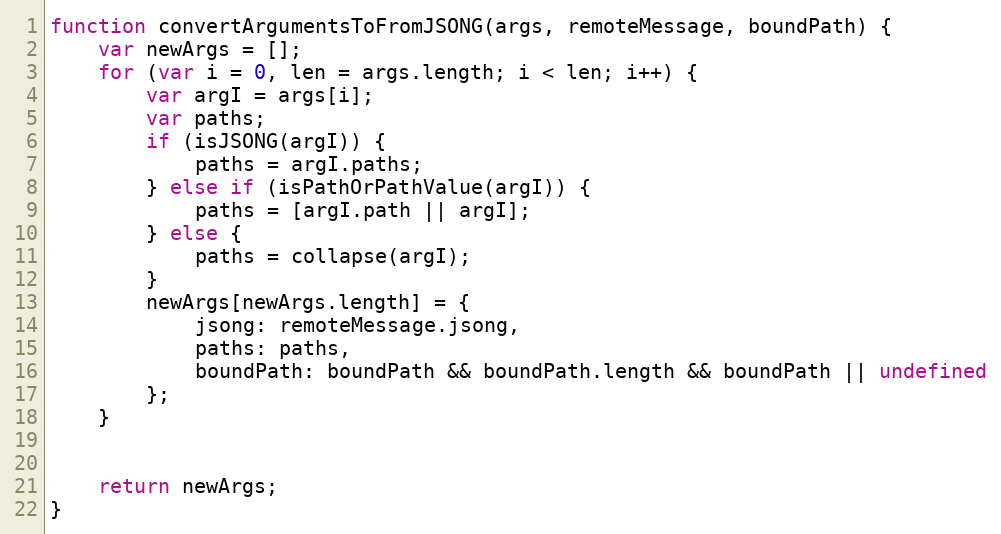
Language: JavaScript
function convertArgumentsToFromJSONG(args, remoteMessage, boundPath) {
    var newArgs = [];
    for (var i = 0, len = args.length; i < len; i++) {
        var argI = args[i];
        var paths;
        if (isJSONG(argI)) {
            paths = argI.paths;
        } else if (isPathOrPathValue(argI)) {
            paths = [argI.path || argI];
        } else {
            paths = collapse(argI);
        }
        newArgs[newArgs.length] = {
            jsong: remoteMessage.jsong,
            paths: paths,
            boundPath: boundPath && boundPath.length && boundPath || undefined
        };
    }

    return newArgs;
}